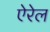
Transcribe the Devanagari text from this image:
ऐरेल